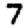
Digit: 7